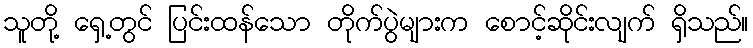
သူတို့ ရှေ့တွင် ပြင်းထန်သော တိုက်ပွဲများက စောင့်ဆိုင်းလျက် ရှိသည်။